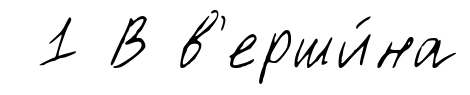
1 В в'ерши́на